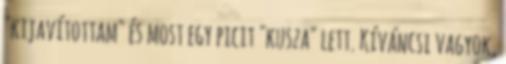
"kijavítottam" és most egy picit "kusza" lett. Kíváncsi vagyok,